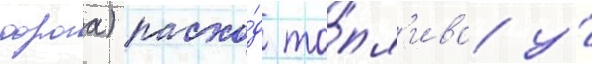
дорога) расхо́д то́пл'ива у́